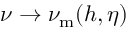
\nu \rightarrow \nu _ { \mathrm { m } } ( h , \eta )